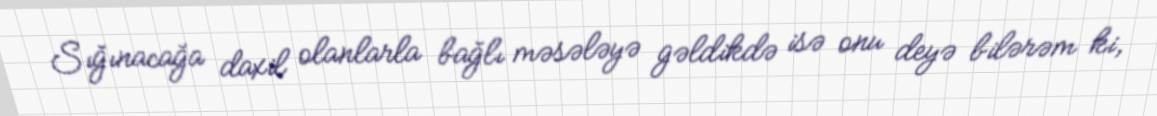
Sığınacağa daxil olanlarla bağlı məsələyə gəldikdə isə onu deyə bilərəm ki,